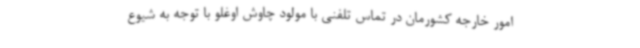
امور خارجه کشورمان در تماس تلفنی با مولود چاوش اوغلو با توجه به شیوع